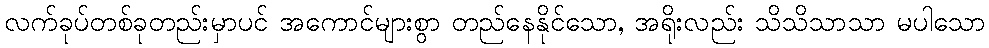
လက်ခုပ်တစ်ခုတည်းမှာပင် အကောင်များစွာ တည်နေနိုင်သော, အရိုးလည်း သိသိသာသာ မပါသော